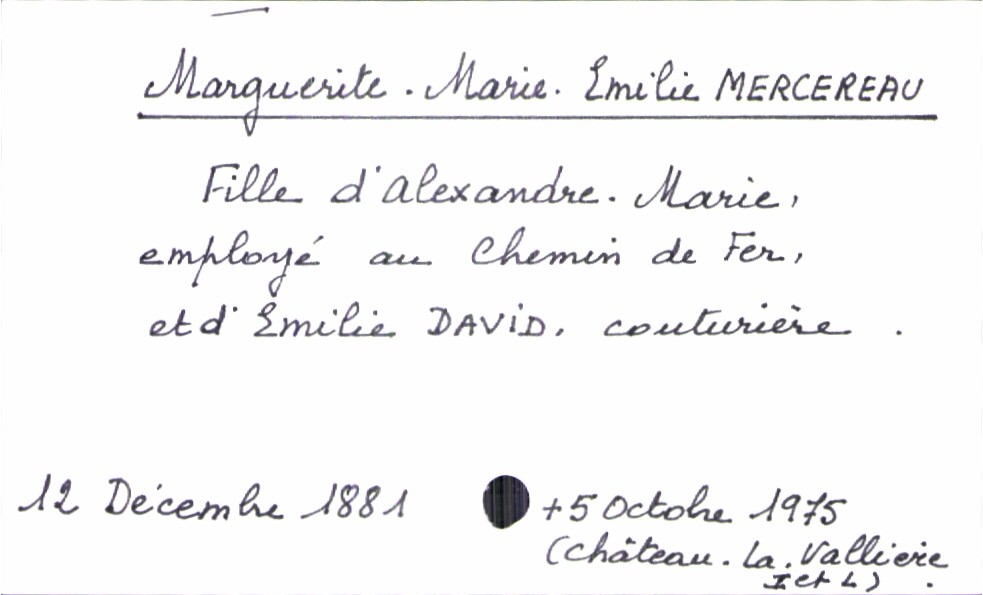
type_acte: Baptême
filiation: fille
enfant_prénom: Marguerite Marie Emilie
enfant_date_de_naissance: 12 décembre 1881
enfant_date_de_décès: 5 octobre 1975
enfant_lieu_de_décès: Château-la-Vallière (Indre-et-Loire)
père_enfant_nom: Mercereau
père_enfant_prénom: Alexandre Marie
père_enfant_profession: employé au chemin de fer
mère_enfant_nom: David
mère_enfant_prénom: Emilie
mère_enfant_profession: couturière